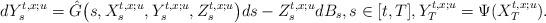
LaTeX: \begin{align*} d Y_s^{t,x;u} = \hat{G}\bigl(s, X_s^{t,x;u}, Y_s^{t,x;u}, Z_s^{t,x;u}\bigr) ds - Z_s^{t,x;u} dB_s, s \in [t, T], Y_T^{t,x;u} = \Psi(X_T^{t,x;u}). \end{align*}